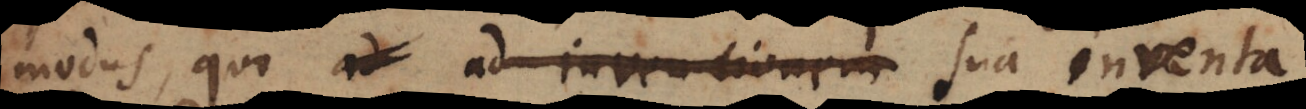
modus, quo ad ad inventionem sua inventa